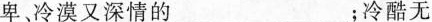
卑冷漠又深情的___；冷酷无